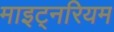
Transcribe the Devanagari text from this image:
माइट्नरियम